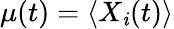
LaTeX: \mu(t)=\left<X_{\mathit{i}}(t)\right>